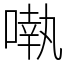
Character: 𠽃